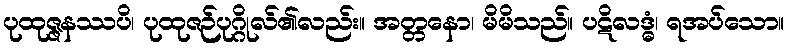
ပုထုဇ္ဇနဿပိ၊ ပုထုဇဉ်ပုဂ္ဂိုလ်၏လည်း။ အတ္တနော၊ မိမိသည်။ ပဋိလဒ္ဓံ၊ ရအပ်သော။